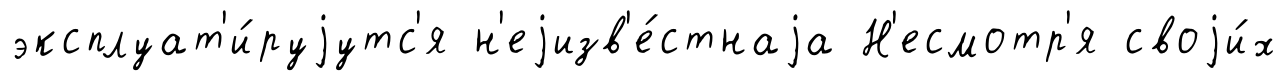
эксплуат'и́руjутс'я н'еjизв'е́стнаjа Н'есмотр'я своjи́х